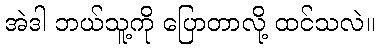
အဲဒါ ဘယ်သူ့ကို ပြောတာလို့ ထင်သလဲ။